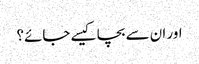
اور ان سے بچا کیسے جائے؟